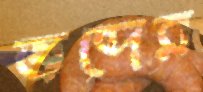
জব্দের